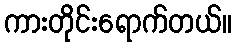
ကားတိုင်းရောက်တယ်။